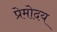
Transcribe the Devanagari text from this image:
प्रेमोदय